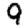
Digit: 9